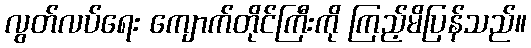
လွတ်လပ်ရေး ကျောက်တိုင်ကြီးကို ကြည့်မိပြန်သည်။